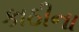
કાઠીના